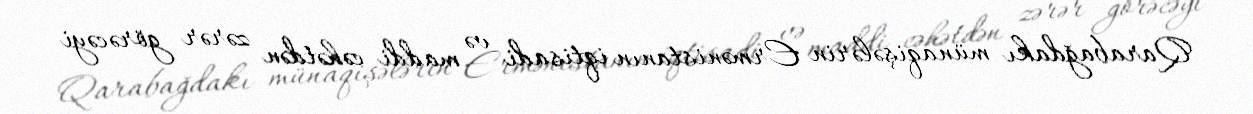
Qarabağdakı münaqişələrin Ermənistanın iqtisadi və maddi cəhətdən zərər görəcəyi